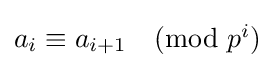
{\textstyle a_{i}\equiv a_{i+1}{\pmod {p^{i}}}}